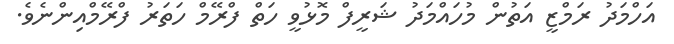
އަހްމަދު ރަމްޒީ އަތުން މުހައްމަދު ޝަރީފް މޮޅުވީ ހަތް ފްރޭމް ހަތަރު ފްރޭމްއިންނެވެ.